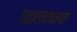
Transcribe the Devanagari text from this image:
गझलकारांत